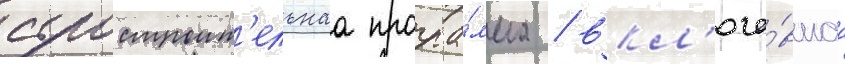
судостроит'ельнаа програ́мма / вкл'юча́вшаа